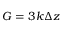
G = 3 k \Delta z